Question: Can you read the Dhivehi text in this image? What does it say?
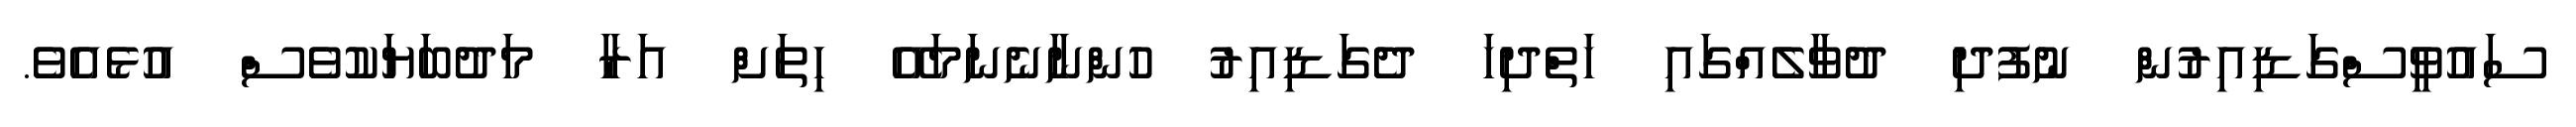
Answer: ސައުވީސްގަޑިއިރުން ނުފުދި ދުވާލެއްގައި ހަތްދިހަ ދެގަޑިއިރު ހުންނާނެނަމައޭ ހިތަށް އަރާ މަދުބަޔަކުވެސް އުޅެއެވެ.